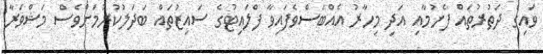
ވައިގެ ދަތުރުތައް ފެށުމާއި އަދި މިހާރު އެއްބަސްވެފައިވާ ފްލައިޓުގެ ސައިޒުތައް ބަދަލުކުރުމަށްވެސް މަޝްވަރާ